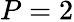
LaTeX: P=2